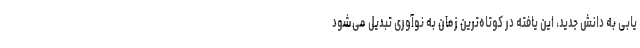
یابی به دانش جدید، این یافته در کوتاه‌ترین زمان به نوآوری تبدیل می‌شود